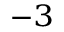
^ { - 3 }